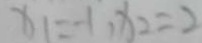
x _ { 1 } = - 1 , x _ { 2 } = 2